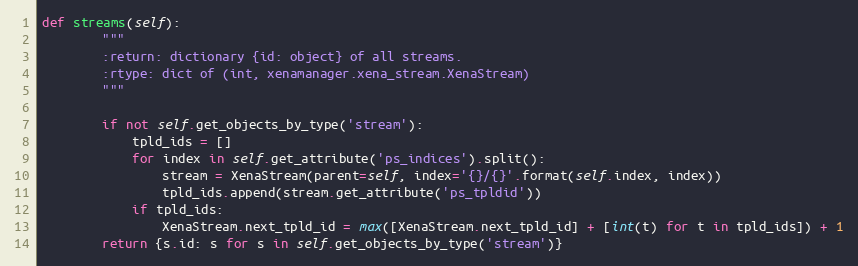
Language: Python
def streams(self):
        """
        :return: dictionary {id: object} of all streams.
        :rtype: dict of (int, xenamanager.xena_stream.XenaStream)
        """

        if not self.get_objects_by_type('stream'):
            tpld_ids = []
            for index in self.get_attribute('ps_indices').split():
                stream = XenaStream(parent=self, index='{}/{}'.format(self.index, index))
                tpld_ids.append(stream.get_attribute('ps_tpldid'))
            if tpld_ids:
                XenaStream.next_tpld_id = max([XenaStream.next_tpld_id] + [int(t) for t in tpld_ids]) + 1
        return {s.id: s for s in self.get_objects_by_type('stream')}